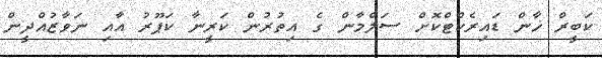
ކަބީރް ޚާން ޑައިރެކްޓްކޮށް ސަލްމާން ގެ އިތުރުން ކަރީނާ ކަޕޫރު އާއި ނަވާޒުއްދީން